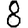
Digit: 8